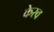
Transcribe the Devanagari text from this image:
केरव